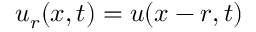
\boldsymbol u _ { r } ( \boldsymbol x , t ) = \boldsymbol u ( \boldsymbol x - \boldsymbol r , t )